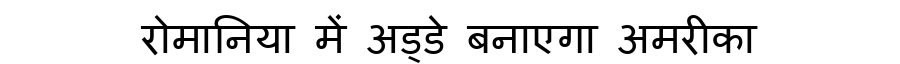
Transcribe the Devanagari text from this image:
रोमानिया में अड्डे बनाएगा अमरीका